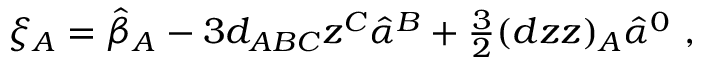
\xi _ { A } = \hat { \beta } _ { A } - 3 d _ { A B C } z ^ { C } \hat { \alpha } ^ { B } + { \textstyle \frac { 3 } { 2 } } ( d z z ) _ { A } \hat { \alpha } ^ { 0 } \ ,